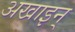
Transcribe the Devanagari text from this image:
अखाइन्